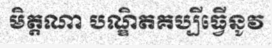
មិត្តណា បណ្ឌិតគប្បីធ្វើនូវ